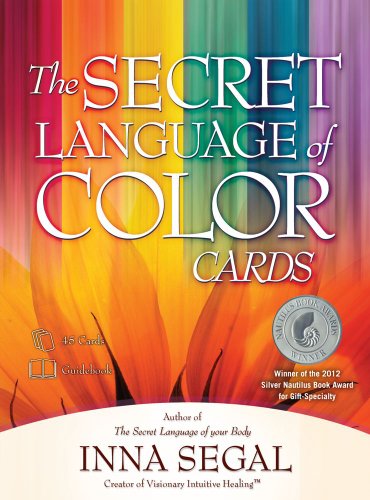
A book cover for The Secret Language of Color Cards; Inna Segal; Medical Books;